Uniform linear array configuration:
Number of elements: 32
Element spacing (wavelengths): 1
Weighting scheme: uniform
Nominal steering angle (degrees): -30
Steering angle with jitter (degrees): -30.015
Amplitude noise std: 0.05
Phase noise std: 0.05

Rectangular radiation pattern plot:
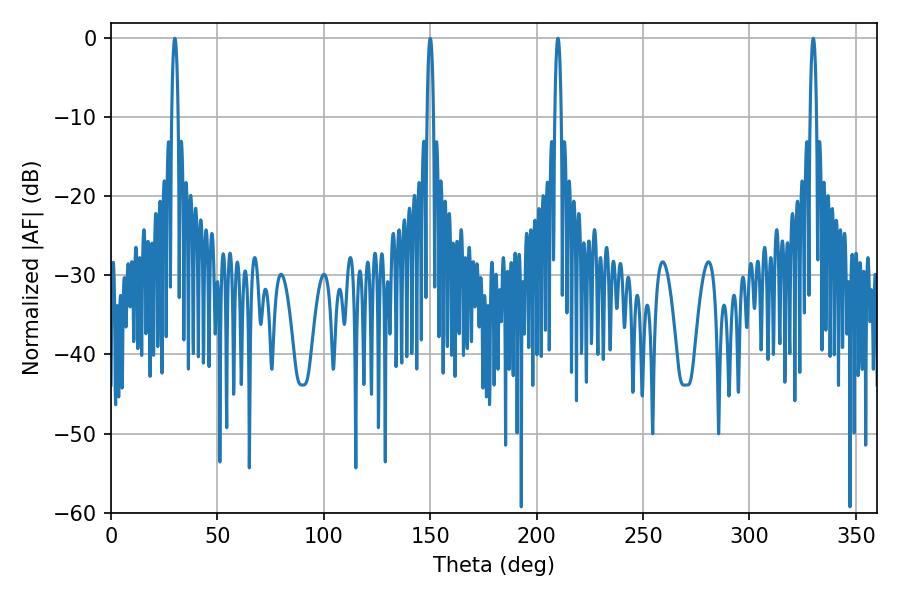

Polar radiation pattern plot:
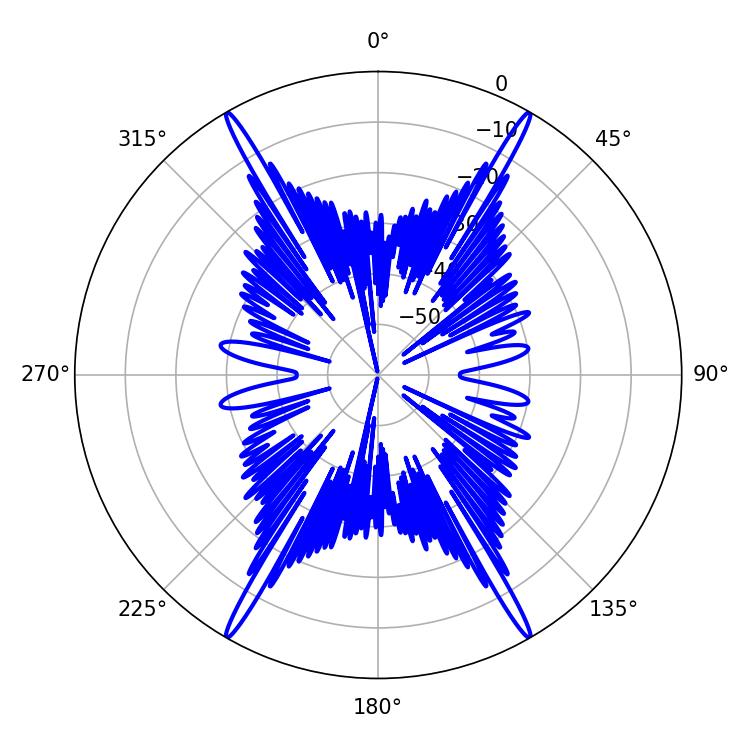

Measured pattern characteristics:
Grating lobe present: TRUE
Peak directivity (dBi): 44.684
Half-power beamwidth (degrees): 1.62
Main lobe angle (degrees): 329.94